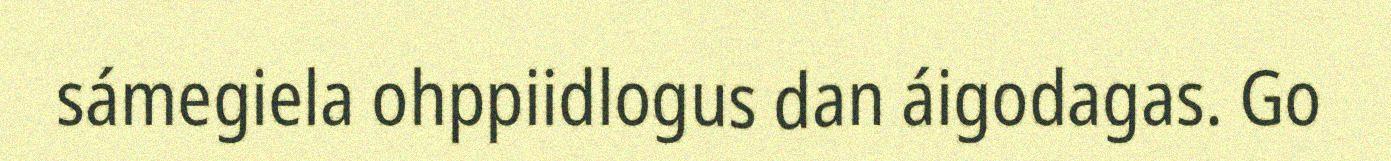
sámegiela ohppiidlogus dan áigodagas. Go